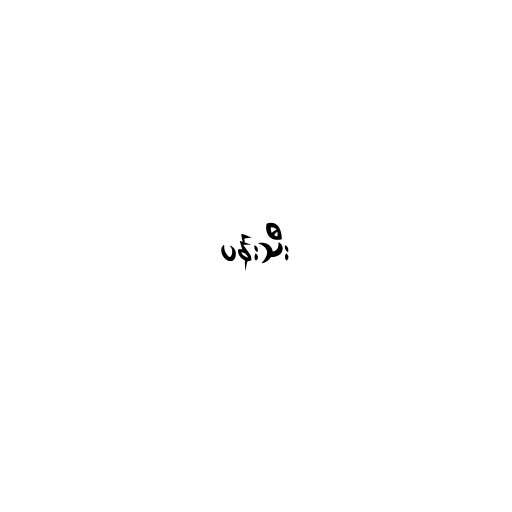
ပန်းသီး